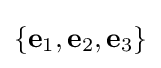
\{\mathbf {e} _{1},\mathbf {e} _{2},\mathbf {e} _{3}\}